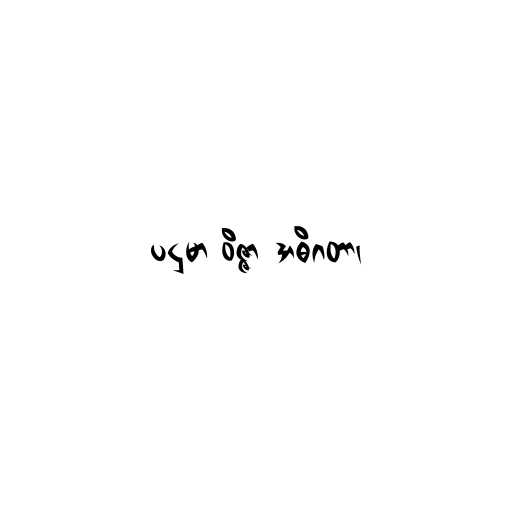
ပဌမာ ဝိဇ္ဇာ အဓိဂတာ၊